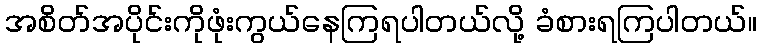
အစိတ်အပိုင်းကိုဖုံးကွယ်နေကြရပါတယ်လို့ ခံစားရကြပါတယ်။